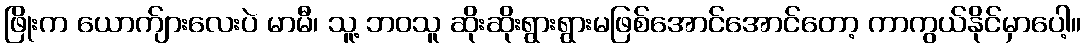
ဖြိုးက ယောက်ျားလေးပဲ မာမီ၊ သူ့ ဘဝသူ ဆိုးဆိုးရွားရွားမဖြစ်အောင်အောင်တော့ ကာကွယ်နိုင်မှာပေါ့။